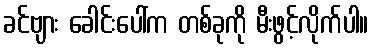
ခင်ဗျား ခေါင်းပေါ်က တစ်ခုကို မီးဖွင့်လိုက်ပါ။